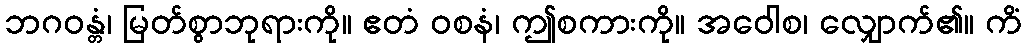
ဘဂဝန္တံ၊ မြတ်စွာဘုရားကို။ ဧတံ ဝစနံ၊ ဤစကားကို။ အဝေါစ၊ လျှောက်၏။ ကိံ